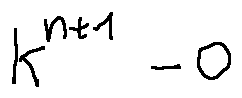
k ^ { n + 1 } - 0